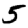
Digit: 5